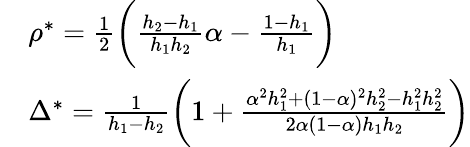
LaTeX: \begin{array}{rl}&{\rho^{*}=\frac{1}{2}\bigg(\frac{h_{2}-h_{1}}{h_{1}h_{2}}\alpha-\frac{1-h_{1}}{h_{1}}\bigg)}\\ &{\Delta^{*}=\frac{1}{h_{1}-h_{2}}\bigg(1+\frac{\alpha^{2}h_{1}^{2}+(1-\alpha)^{2}h_{2}^{2}-h_{1}^{2}h_{2}^{2}}{2\alpha(1-\alpha)h_{1}h_{2}}\bigg)}\end{array}